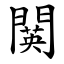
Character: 䦫